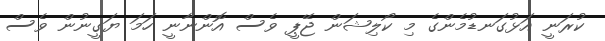
ކުރަނީ އަޅުގަނޑުމެންގެ މި ކޯލިޝަން ޖޭޕީ ވެސް އޮންނާނީ ހަމަ ޔަގީނުން ވެސް